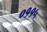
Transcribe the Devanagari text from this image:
०११५